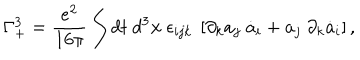
\Gamma _ { + } ^ { 3 } = \frac { e ^ { 2 } } { 1 6 \pi } \int d t ~ d ^ { 3 } { \bf x } ~ \epsilon _ { i j k } ~ \left[ \partial _ { k } a _ { j } ~ \dot { a } _ { i } + a _ { j } ~ \partial _ { k } \dot { a } _ { i } \right] ,